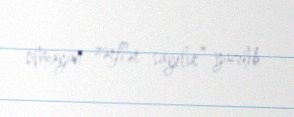
olmayan zərflər sayılır” yazılıb.